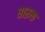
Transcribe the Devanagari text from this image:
घारुक